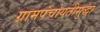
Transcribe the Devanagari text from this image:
ग्रामपंचायतीसुद्धा